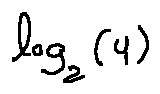
\log _ { 2 } ( 4 )